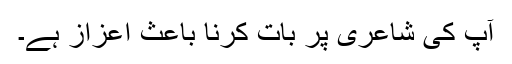
آپ کی شاعری پر بات کرنا باعث اعزاز ہے۔